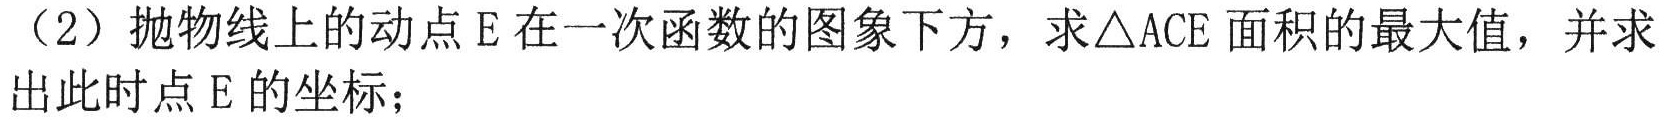
（2）抛物线上的动点 E 在一次函数的图象下方，求\(\triangle ACE\)面积的最大值，并求出此时点 E 的坐标；